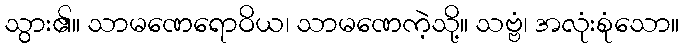
သွား၏။ သာမဏေရောဝိယ၊ သာမဏေကဲ့သို့။ သဗ္ဗံ၊ အလုံးစုံသော။